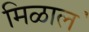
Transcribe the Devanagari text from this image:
मिळाल॓